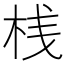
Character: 桟